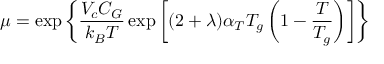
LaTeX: \mu = \exp { \left\{ { \frac { V _ { c } C _ { G } } { k _ { B } T } } \exp { \left[ ( 2 + \lambda ) \alpha _ { T } T _ { g } \left( 1 - { \frac { T } { T _ { g } } } \right) \right] } \right\} }